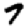
Digit: 7